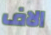
الاف